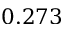
0 . 2 7 3